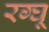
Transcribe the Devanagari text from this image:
रग्घू